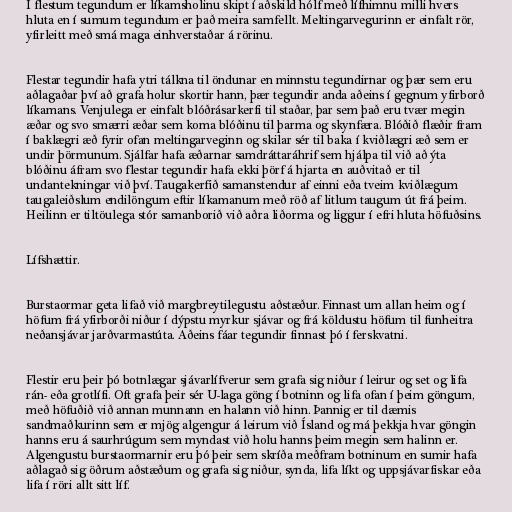
Í flestum tegundum er líkamsholinu skipt í aðskild hólf með lífhimnu milli hvers
hluta en í sumum tegundum er það meira samfellt. Meltingarvegurinn er einfalt rör,
yfirleitt með smá maga einhverstaðar á rörinu.

Flestar tegundir hafa ytri tálkna til öndunar en minnstu tegundirnar og þær sem eru
aðlagaðar því að grafa holur skortir hann, þær tegundir anda aðeins í gegnum yfirborð
líkamans. Venjulega er einfalt blóðrásarkerfi til staðar, þar sem það eru tvær megin
æðar og svo smærri æðar sem koma blóðinu til þarma og skynfæra. Blóðið flæðir fram
í baklægri æð fyrir ofan meltingarveginn og skilar sér til baka í kviðlægri æð sem er
undir þörmunum. Sjálfar hafa æðarnar samdráttaráhrif sem hjálpa til við að ýta
blóðinu áfram svo flestar tegundir hafa ekki þörf á hjarta en auðvitað er til
undantekningar við því. Taugakerfið samanstendur af einni eða tveim kviðlægum
taugaleiðslum endilöngum eftir líkamanum með röð af litlum taugum út frá þeim.
Heilinn er tiltöulega stór samanborið við aðra liðorma og liggur í efri hluta höfuðsins.

Lífshættir.

Burstaormar geta lifað við margbreytilegustu aðstæður. Finnast um allan heim og í
höfum frá yfirborði niður í dýpstu myrkur sjávar og frá köldustu höfum til funheitra
neðansjávar jarðvarmastúta. Aðeins fáar tegundir finnast þó í ferskvatni.

Flestir eru þeir þó botnlægar sjávarlífverur sem grafa sig niður í leirur og set og lifa
rán- eða grotlífi. Oft grafa þeir sér U-laga göng í botninn og lifa ofan í þeim göngum,
með höfuðið við annan munnann en halann við hinn. Þannig er til dæmis
sandmaðkurinn sem er mjög algengur á leirum við Ísland og má þekkja hvar göngin
hanns eru á saurhrúgum sem myndast við holu hanns þeim megin sem halinn er.
Algengustu burstaormarnir eru þó þeir sem skríða meðfram botninum en sumir hafa
aðlagað sig öðrum aðstæðum og grafa sig niður, synda, lifa líkt og uppsjávarfiskar eða
lifa í röri allt sitt líf.